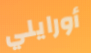
أورايلي